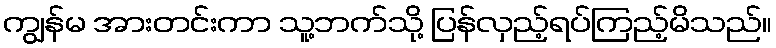
ကျွန်မ အားတင်းကာ သူ့ဘက်သို့ ပြန်လှည့်ရပ်ကြည့်မိသည်။